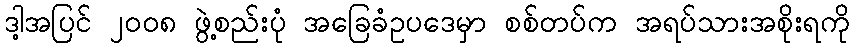
ဒါ့အပြင် ၂၀၀၈ ဖွဲ့စည်းပုံ အခြေခံဥပဒေမှာ စစ်တပ်က အရပ်သားအစိုးရကို